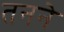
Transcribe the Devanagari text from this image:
तनने